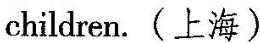
children.(上海)